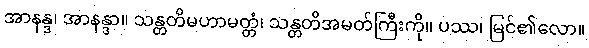
အာနန္ဒ၊ အာနန္ဒာ။ သန္တတိမဟာမတ္တံ၊ သန္တတိအမတ်ကြီးကို။ ပဿ၊ မြင်၏လော။